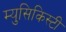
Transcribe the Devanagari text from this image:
म्युसिकिस्टी